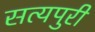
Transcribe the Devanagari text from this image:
सत्यपुरी